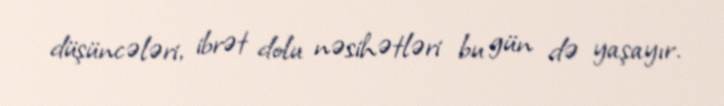
düşüncələri, ibrət dolu nəsihətləri bu gün də yaşayır.